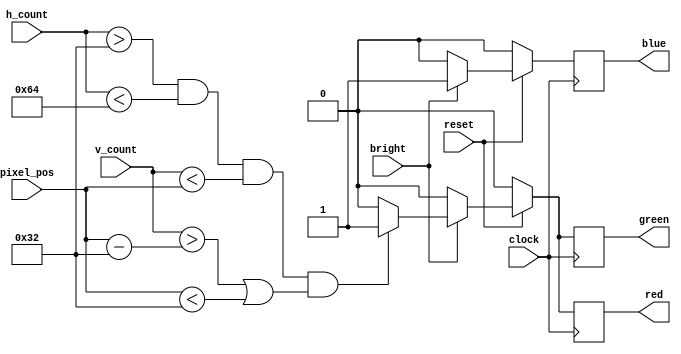

module bitGen (
	input wire clock, reset, bright,
	input wire [9:0] h_count, v_count,
	input wire [8:0] pixel_pos,
	output reg red, green, blue
);
	
	reg next_red, next_blue, next_green;
	
	always@(posedge clock)
	begin
		if(!reset)
		begin
			red <= 1'b0;
			green <= 1'b0;
			blue <= 1'b0;
		end
		else
		begin
			red <= next_red;
			green <= next_green;
			blue <= next_blue;
		end
	end

	always@(*)
	begin
		if(bright)
		begin
			if(h_count > 10'd50 && h_count < 10'd100 && v_count < {1'b0, pixel_pos} && (v_count > {1'b0, pixel_pos - 9'd50} || pixel_pos < 9'd50))
			begin
				// white (for the pixel)
				next_red = 1'b1;
				next_green = 1'b1;
				next_blue = 1'b1;
			end
			else
			begin
				// blue (for the background)
				next_red = 1'b0;
				next_green = 1'b0;
				next_blue = 1'b1;
			end
		end
		else
		begin
			next_red = 1'b0;
			next_green = 1'b0;
			next_blue = 1'b0;
		end
	end
	
endmodule